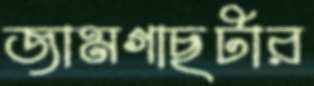
জামগাছটার